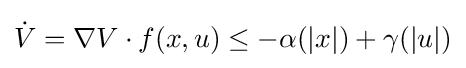
{\dot {V}}=\nabla V\cdot f(x,u)\leq -\alpha (|x|)+\gamma (|u|)